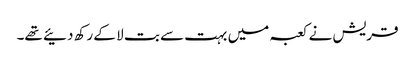
قریش نے کعبہ میں بہت سے بت لا کے رکھ دئیے تھے۔